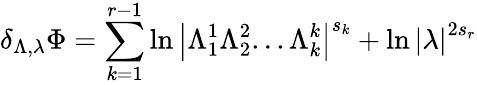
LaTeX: \delta_{\Lambda,\lambda}\Phi=\sum_{k=1}^{r-1}\ln\left|\Lambda_{1}^{1}\Lambda_{2}^{2}...\Lambda_{k}^{k}\right|^{s_{k}}+\ln\left|\lambda\right|^{2s_{r}}